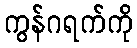
ကွန်ဂရက်ကို